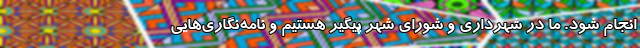
انجام شود. ما در شهرداری و شورای شهر پیگیر هستیم و نامه‌نگاری‌هایی